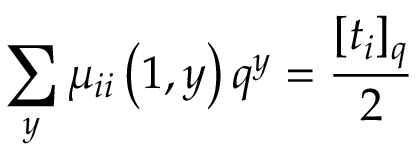
\sum _ { y } \mu _ { i i } \left( 1 , y \right) q ^ { y } = \frac { [ t _ { i } ] _ { q } } { 2 }